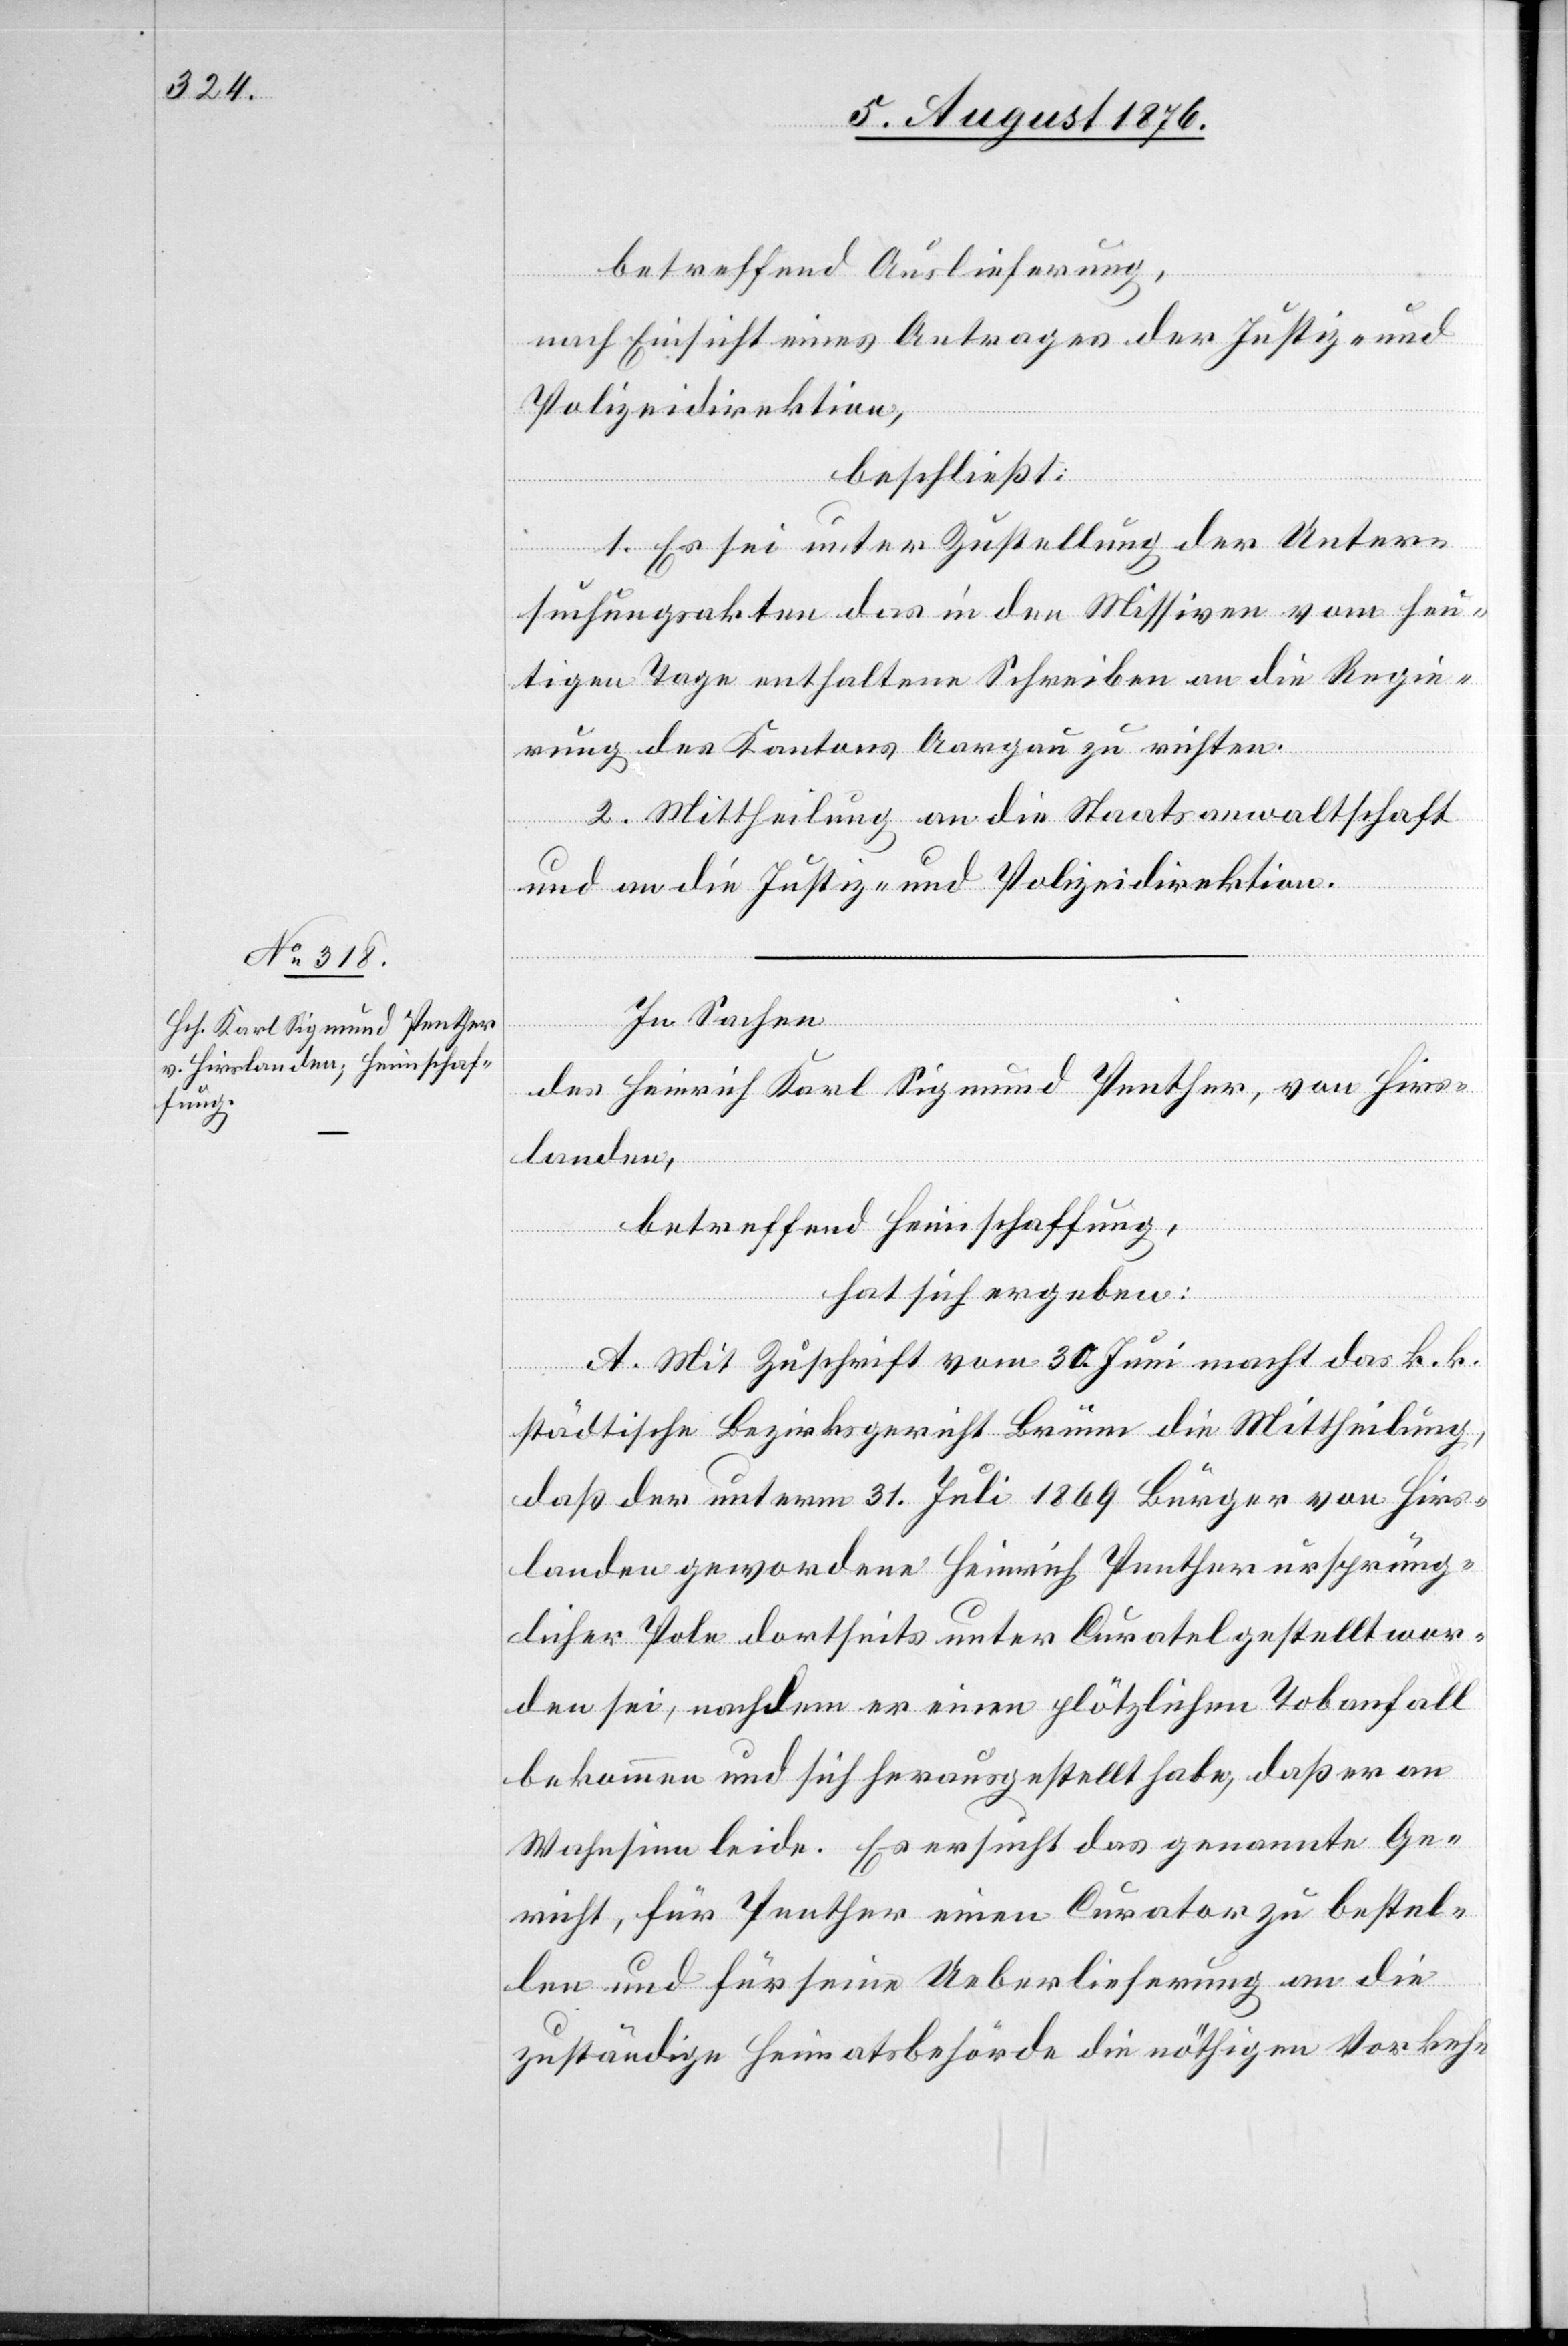
betreffend Auslieferung,
nach Einsicht eines Antrages der Justiz- und
Polizeidirektion,
beschließt:
1. Es sei unter Zustellung der Unter¬
suchungsakten das in den Missiven vom heu¬
tigen Tage enthaltene Schreiben an die Regie¬
rung des Kantons Aargau zu richten.
2. Mittheilung an die Staatsanwaltschaft
und an die Justiz- und Polizeidirektion.
In Sachen
des Heinrich Karl Sigmund Peether, von Hirs¬
landen,
betreffend Heimschaffung,
hat sich ergeben:
A. Mit Zuschrift vom 30. Juni macht das k. k.
städtische Bezirksgericht Brünn die Mittheilung,
daß der unterm 31. Juli 1869 Bürger von Hirs¬
landen gewordene Heinrich Peether ursprüng¬
licher Pole dortseits unter Curatel gestellt wor¬
den sei, nachdem er einen plötzlichen Tobanfall
bekommen und sich herausgestellt habe, das er an
Wahnsinn leide. Es ersucht das genannte Ge¬
richt, für Peether einen Curator zu bestel¬
len und für seine Ueberlieferung an die
zuständige Heimatsbehörde die nöthigen Vorkeh-